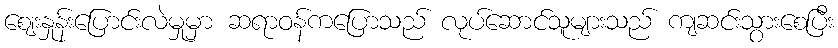
ဈေးနှုန်းပြောင်းလဲမှုမှာ ဆရာဝန်ကပြောသည် လုပ်ဆောင်သူများသည် ကျဆင်းသွားစေပြီး